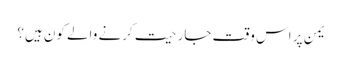
یمن پر اس وقت جارحیت کرنے والے کون ہیں؟